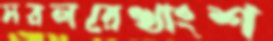
সরলরেখাংশ